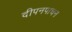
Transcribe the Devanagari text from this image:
दीपनपाचन